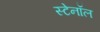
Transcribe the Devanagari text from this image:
स्टेनॉल